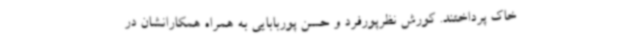
خاک پرداختند. کورش نظرپورفرد و حسن پوربابایی به همراه همکارانشان در